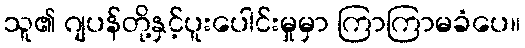
သူ၏ ဂျပန်တို့နှင့်ပူးပေါင်းမှုမှာ ကြာကြာမခံပေ။